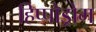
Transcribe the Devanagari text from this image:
हिप्पोड्रोम